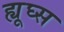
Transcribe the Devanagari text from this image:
ह्यूघ्स